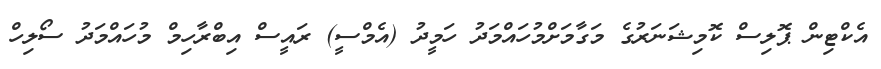
އެކްޓިން ޕޮލިސް ކޮމިޝަނަރުގެ މަގާމަށްމުހައްމަދު ހަމީދު (އެމްސީ) ރައީސް އިބްރާހިމް މުހައްމަދު ސޯލިހް